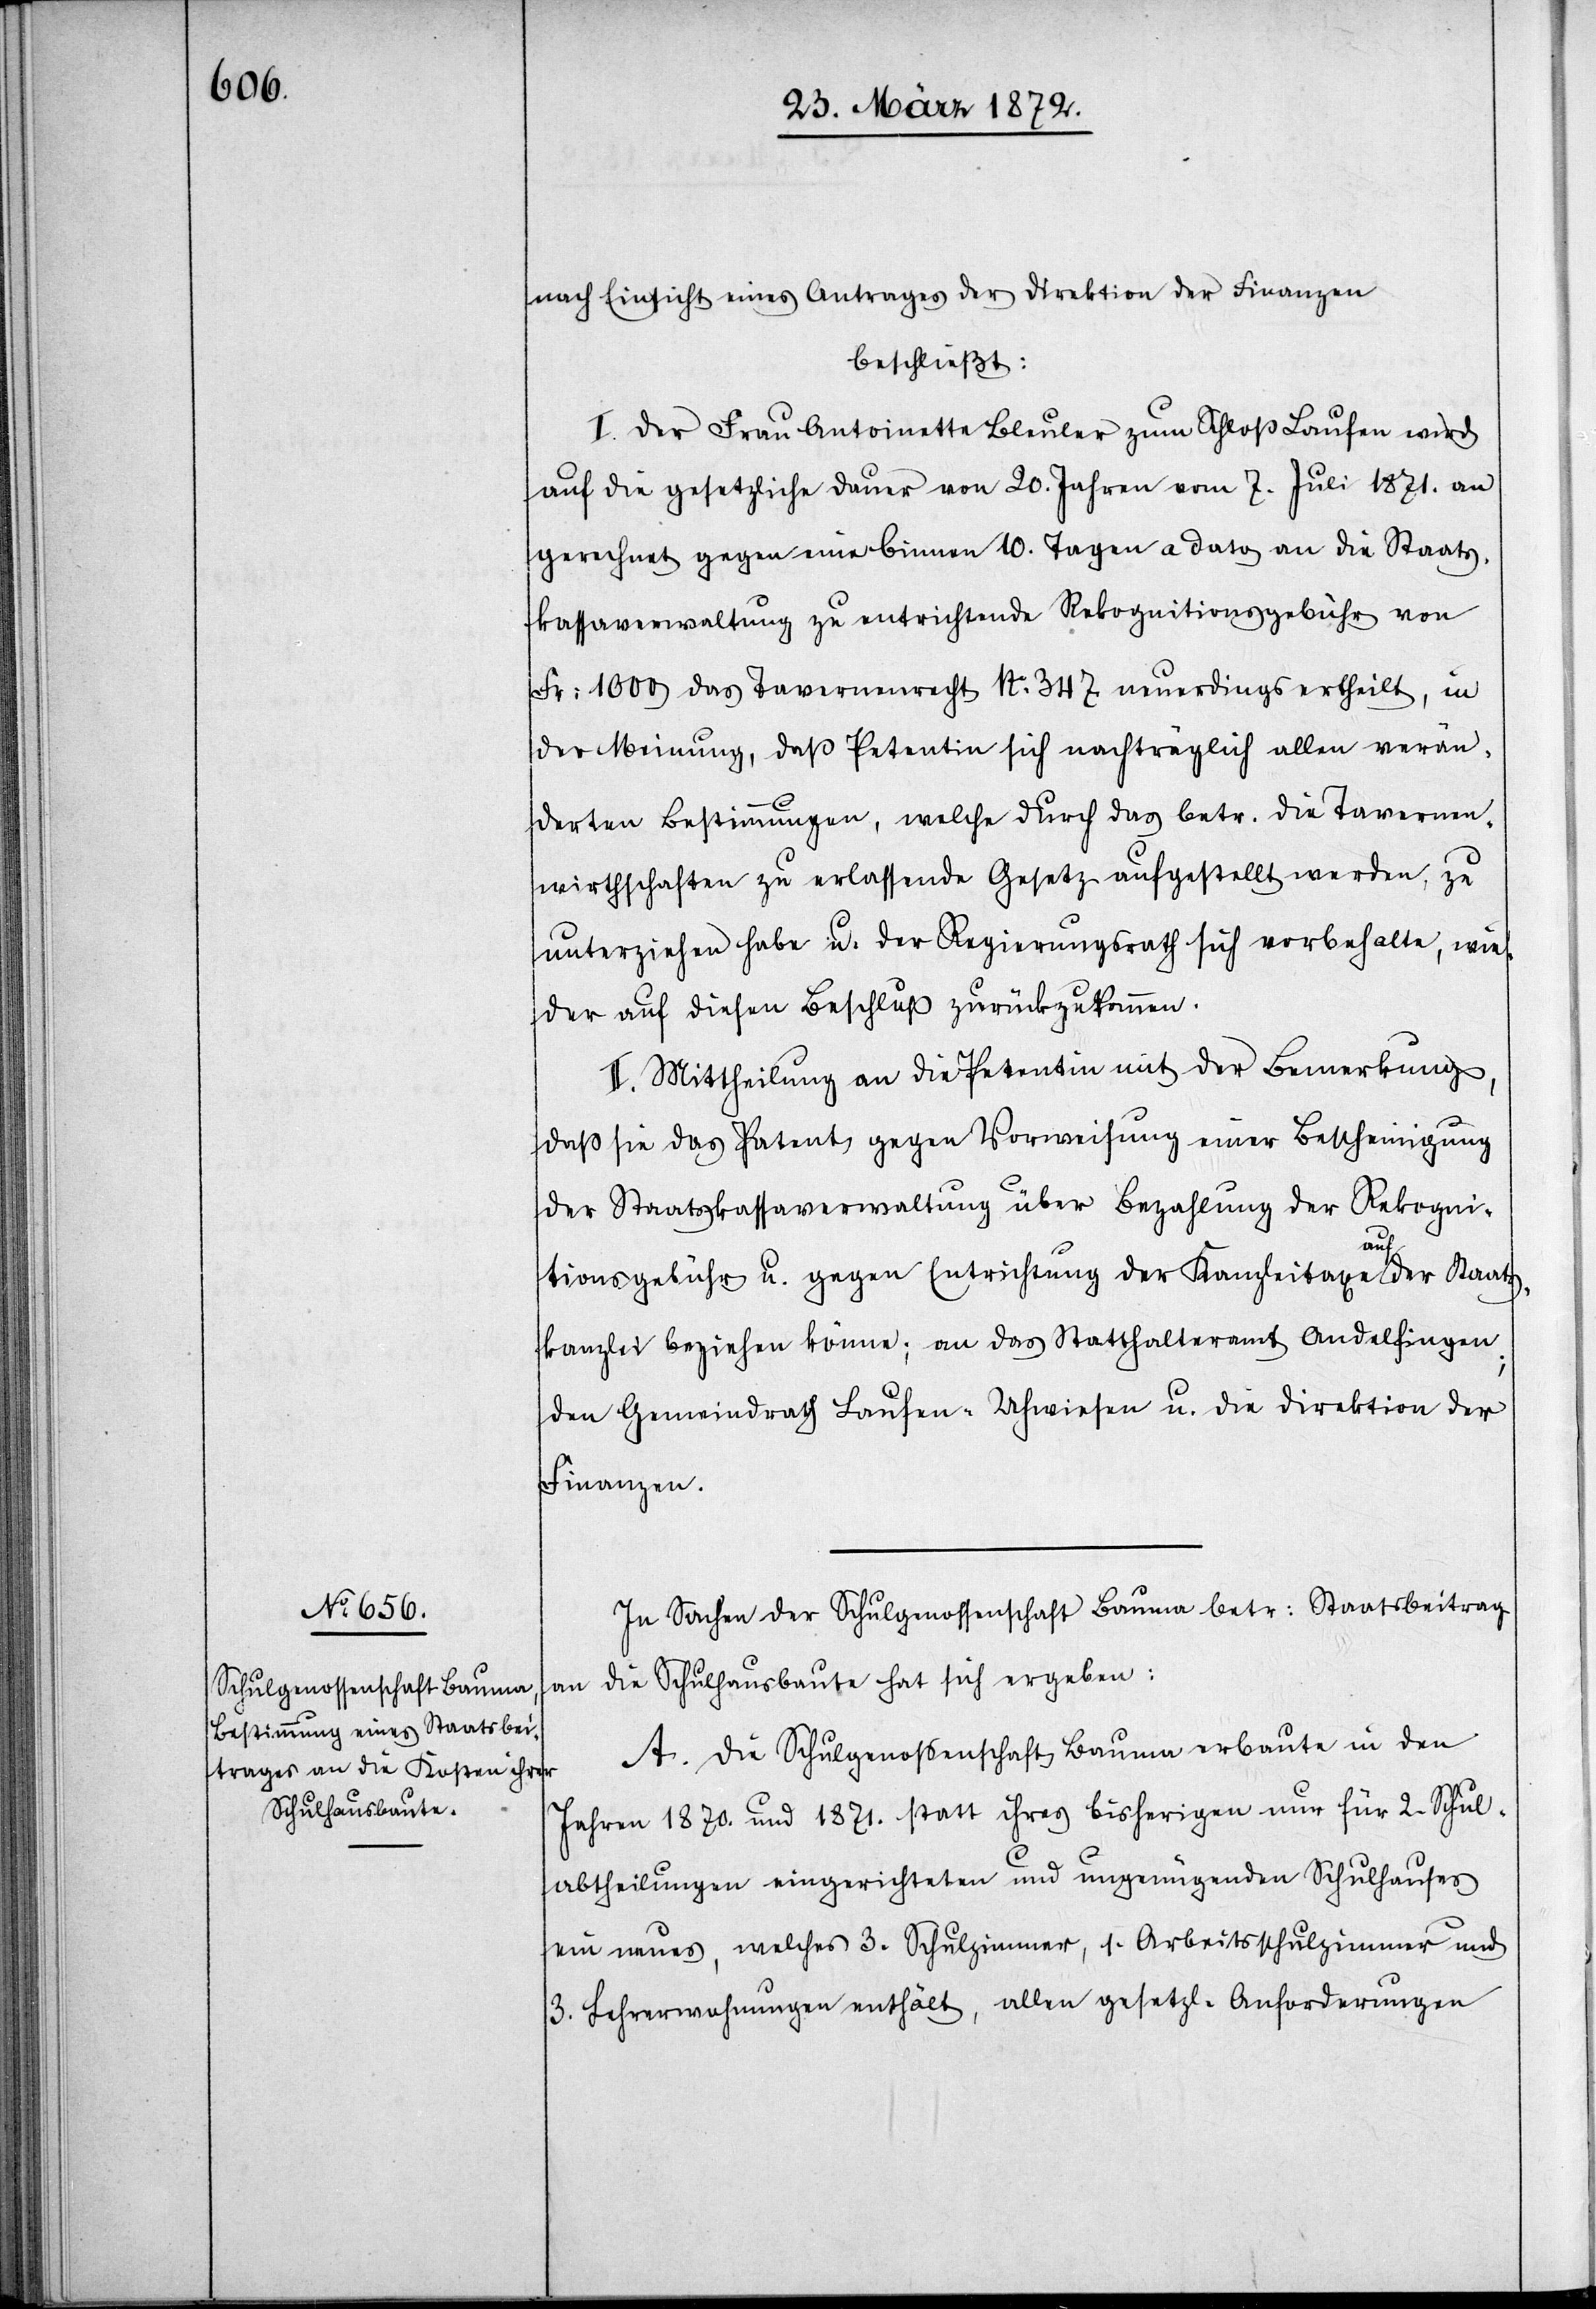
nach Einsicht eines Antrages der Direktion der Finanzen
beschließt:
I. Der Frau Antoinette Bleuler zum Schloß Laufen wird
auf die gesetzliche Dauer von 20. Jahren vom 7. Juli 1871. an
gerechnet gegen eine binnen 10. Tagen a dato an die Staats¬
kassaverwaltung zu entrichtende Rekognitionsgebühr von
Fr: 1000 das Tavernenrecht No 347 neuerdings ertheilt, in
der Meinung, daß Petentin sich nachträglich allen verän¬
derten Bestimmungen, welche durch das betr. die Tavernen¬
wirthschaften zu erlassende Gesetz aufgestellt werden, zu
unterziehen habe u. der Regierungsrath sich vorbehalte, wie¬
der auf diesen Beschluß zurückzukommen.
II. Mittheilung an die Petentin mit der Bemerkung,
daß sie das Patent gegen Vorweisung einer Bescheinigung
der Staatskassaverwaltung über Bezahlung der Rekogni¬
tionsgebühr u. gegen Entrichtung der Kanzleitaxe auf der Staats¬
kanzlei beziehen könne; an das Statthalteramt Andelfingen;
den Gemeindrath Laufen-Uhwiesen u. die Direktion der
Finanzen.
In Sachen der Schulgenossenschaft Bauma betr: Staatsbeitrag
die Schulhausbaute hat sich ergeben:
an
A. Die Schulgenossenschaft Bauma erbaute in den
Jahren 1870. und 1871. statt ihres bisherigen nur für 2. Schul¬
abtheilungen eingerichteten und ungenügenden Schulhauses
ein neues, welches 3. Schulzimmer, 1. Arbeitsschulzimmer und
3. Lehrerwohnungen enthält, allen gesetzl. Anforderungen